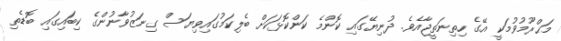
މަޙްރޫމުވުމަކީ އޭގެ ހިތިނަތީޖާއެވެ. ދުނިޔޭގައި ކޮންމެ ކަންކޮޅަކަށް ބެލިކަމުގައިވިޔަސް ގިނަޒުވާނުންގެ ކިބައިގައި ބޮޑެތި